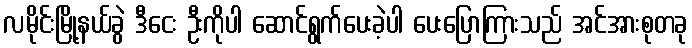
လမိုင်းမြို့နယ်ခွဲ ဒီငေး ဦးကိုပါ ဆောင်ရွက်ပေးခဲ့ပါ ပေးပြောကြားသည် အင်အားစုတခု